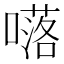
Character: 𡀩